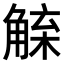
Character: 𧤇